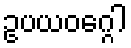
ဥပယဝဂ္ဂေါ